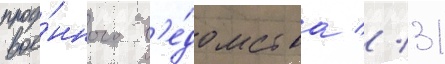
вое́нного в'е́домства // 31